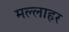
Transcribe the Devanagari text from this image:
मल्लाहर